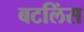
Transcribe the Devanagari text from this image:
बटलिंस